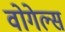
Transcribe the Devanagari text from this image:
वोगेल्स